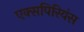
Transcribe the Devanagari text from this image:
एक्सपिरियंस